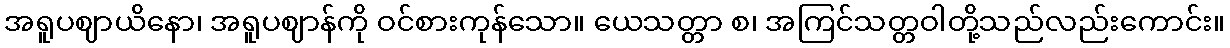
အရူပဈာယိနော၊ အရူပဈာန်ကို ဝင်စားကုန်သော။ ယေသတ္တာ စ၊ အကြင်သတ္တဝါတို့သည်လည်းကောင်း။